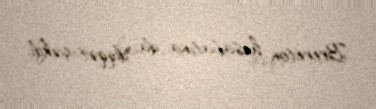
Brereton hesabatına da diqqət çəkdi.